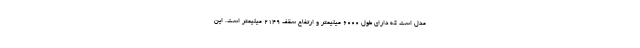
مدل است که دارای طول 6000 میلیمتر و ارتفاع سقف 2149 میلیمتر است. این